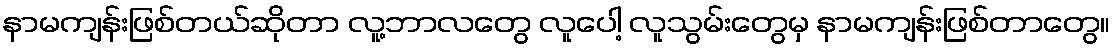
နာမကျန်းဖြစ်တယ်ဆိုတာ လူ့ဘာလတွေ လူပေါ့ လူသွမ်းတွေမှ နာမကျန်းဖြစ်တာတွေ။